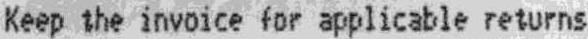
KEEP THE INVOICE FOR APPLICABLE RETURNS